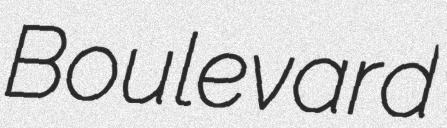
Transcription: Boulevard